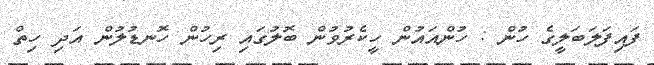
ފައިފަލަބަލީގެ ހުން : ހުންއައުން ހީކެރުވުން ބޮލުގައި ރިހުން ހޮނޑުލުން އަދި ހިތް